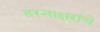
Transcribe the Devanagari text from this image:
हस्ताक्षरांचे